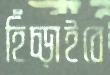
হিঁচ্‌ড়াইবে